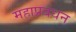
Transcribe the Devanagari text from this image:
महाप्रबंधन